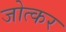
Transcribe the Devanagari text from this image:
जोत्कर